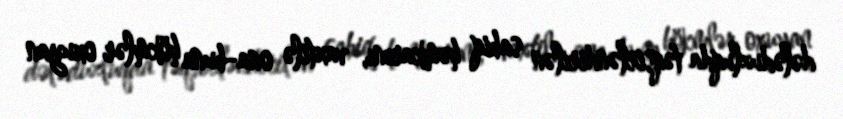
dələduzluqda təqsirləndirilən sabiq həmkarını, vaxtilə ona-buna hökmlər oxuyan